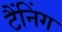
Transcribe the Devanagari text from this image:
टैंनिंग